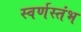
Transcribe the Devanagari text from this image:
स्वर्णस्तंभ